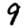
Digit: 9